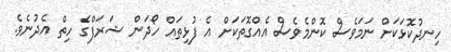
ހިނދުކޮޅަކަށް ނަމަވެސް ކޮންމެވެސް އެއްގޮތަކަށް އެ ފުޅިތައް ހޯދަން ޝަރަފްގެ ހިތް އެދުނެވެ.